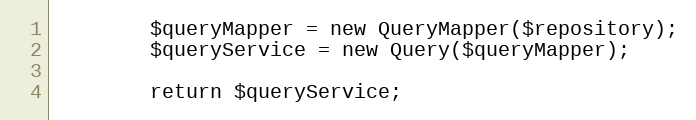
Language: PHP
        $queryMapper = new QueryMapper($repository);
        $queryService = new Query($queryMapper);

        return $queryService;